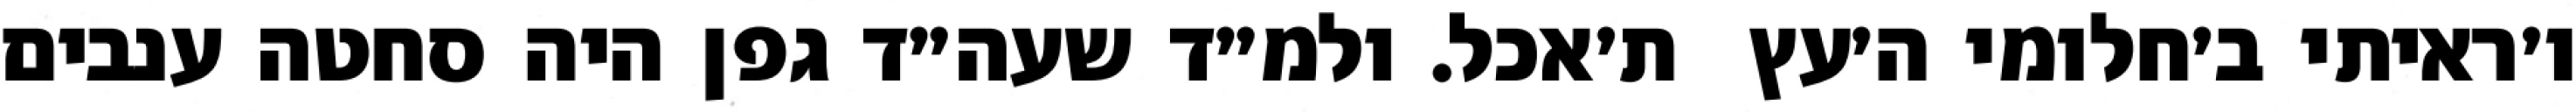
ו׳ראיתי ב׳חלומי ה׳עץ  ת׳אכל. ולמ״ד שעה״ד גפן היה סחטה ענבים